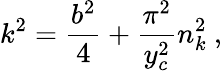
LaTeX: k^{2}=\frac{b^{2}}{4}+\frac{\pi^{2}}{y_{c}^{2}}n_{k}^{2}~,